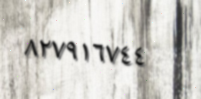
٨٢٧٩١٦٧٤٤